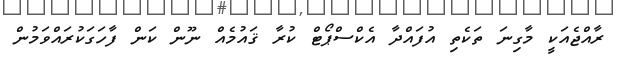
ރާއްޖެއަކީ މާގިނަ ތަކެތި އުފައްދާ އެކްސްޕޯޓް ކުރާ ޤައުމެއް ނޫން ކަން ފާހަގަކުރައްވަމުން